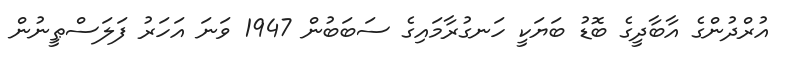
އުރްދުންގެ އާބާދީގެ ބޮޑު ބަޔަކީ ހަނގުރާމައިގެ ސަބަބުން 1947 ވަނަ އަހަރު ފަލަސްޠީނުން